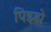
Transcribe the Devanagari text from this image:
पिझ्झे